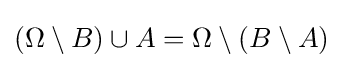
(\Omega \setminus B)\cup A=\Omega \setminus (B\setminus A)